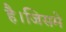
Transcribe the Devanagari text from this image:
है।जिसमे